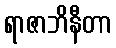
ရာဇာဘိနီတာ